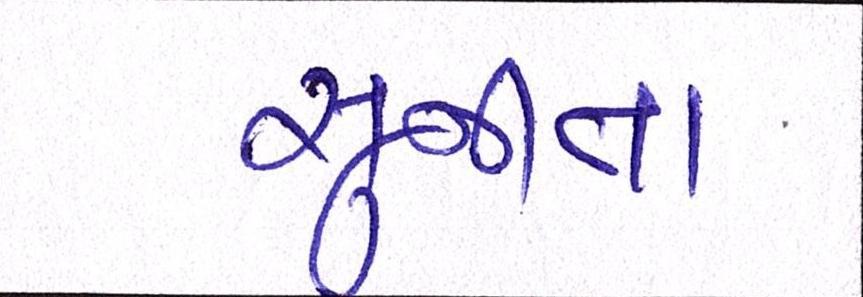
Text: સુનીતા